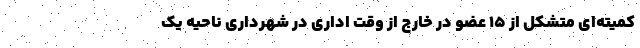
کمیته‌ای متشکل از ۱۵ عضو در خارج از وقت اداری در شهرداری ناحیه یک